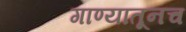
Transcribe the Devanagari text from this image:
गाण्यातूनच